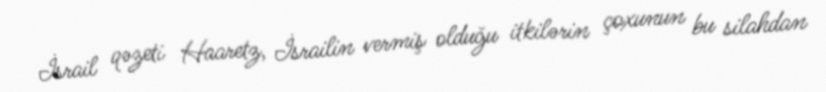
İsrail qəzeti Haaretz, İsrailin vermiş olduğu itkilərin çoxunun bu silahdan